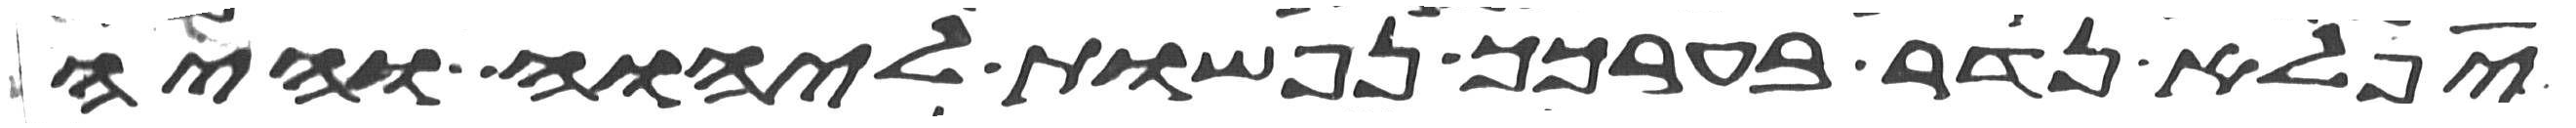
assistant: יפלא נדר בערכך נפשות ליהוה והיה